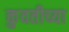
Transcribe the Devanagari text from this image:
कुवतीच्या